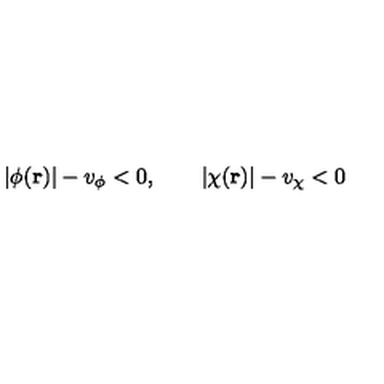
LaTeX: | \phi ( { \bf r } ) | - v _ { \phi } < 0 , \qquad | \chi ( { \bf r } ) | - v _ { \chi } < 0